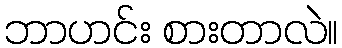
ဘာဟင်း စားတာလဲ။